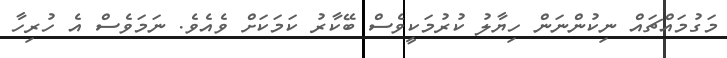
މަގުމައްޗައް ނިކުންނަން ހިޔާލު ކުރުމަކީވެސް ބޭކާރު ކަމަކަށް ވެއެވެ. ނަމަވެސް އެ ހުރިހާ